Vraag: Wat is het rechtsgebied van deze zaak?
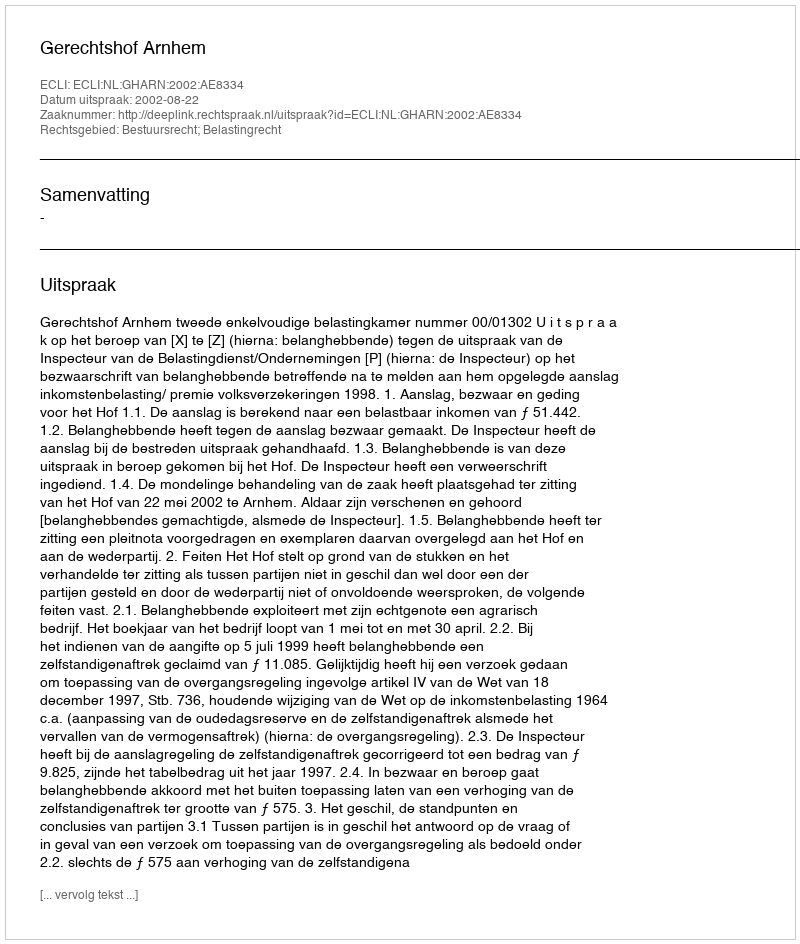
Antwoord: Bestuursrecht; Belastingrecht